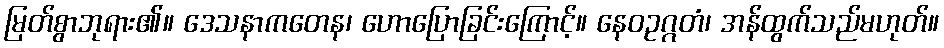
မြတ်စွာဘုရား၏။ ဒေသနာကတေန၊ ဟောပြောခြင်းကြောင့်။ နေဝဥဂ္ဂတံ၊ အန်ထွက်သည်မဟုတ်။